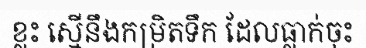
ខ្លះ ស្មើនឹងកម្រិតទឹក ដែលធ្លាក់ចុះ